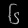
Digit: ၆